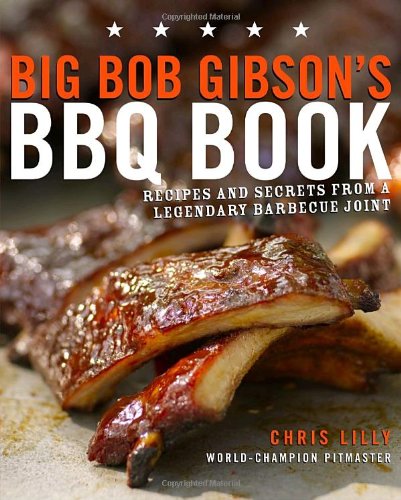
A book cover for Big Bob Gibson's BBQ Book: Recipes and Secrets from a Legendary Barbecue Joint; Chris Lilly; Cookbooks, Food & Wine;